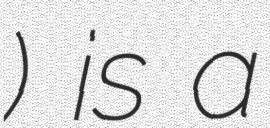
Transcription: Драговољићи) is a